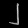
Digit: ၂